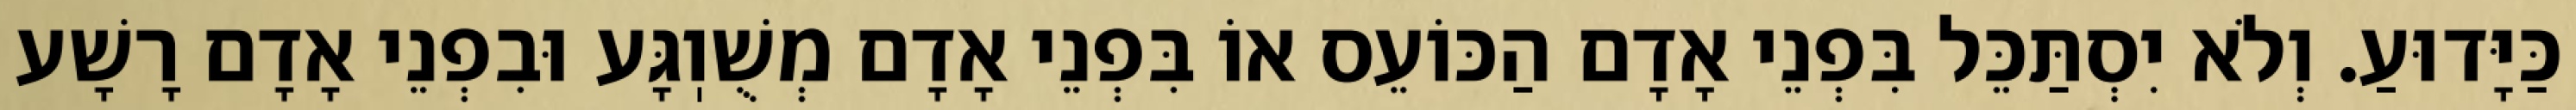
כַּיָּדוּעַ. וְלֹא יִסְתַּכֵּל בִּפְנֵי אָדָם הַכּוֹעֵס אוֹ בִּפְנֵי אָדָם מְשֻׁוֽגָּע וּבִפְנֵי אָדָם רָשָׁע